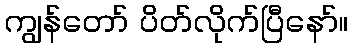
ကျွန်တော် ပိတ်လိုက်ပြီနော်။